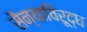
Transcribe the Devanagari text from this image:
सैन्याविरूद्ध